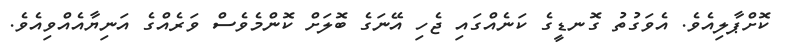
ކޮށްޕާލިއެވެ. އެވަގުތު ގޮނޑީގެ ކަނެއްގައި ޖެހި އޭނަގެ ބޮލަށް ކޮންމެވެސް ވަރެއްގެ އަނިޔާއެއްވިއެވެ.